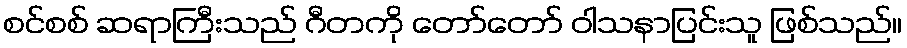
စင်စစ် ဆရာကြီးသည် ဂီတကို တော်တော် ဝါသနာပြင်းသူ ဖြစ်သည်။